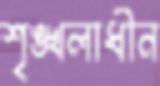
শৃঙ্খলাধীন